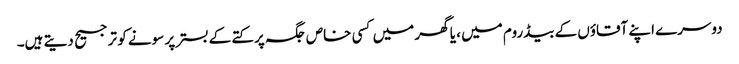
دوسرے اپنے آقاؤں کے بیڈروم میں ، یا گھر میں کسی خاص جگہ پر کتے کے بستر پر سونے کو ترجیح دیتے ہیں۔